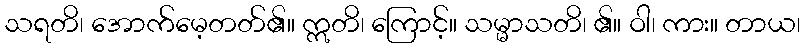
သရတိ၊ အောက်မေ့တတ်၏။ ဣတိ၊ ကြောင့်။ သမ္မာသတိ၊ ၏။ ဝါ၊ ကား။ တာယ၊